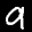
Label: 9